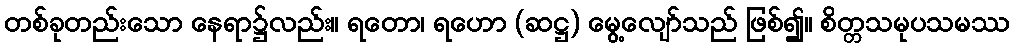
တစ်ခုတည်းသော နေရာ၌လည်း။ ရတော၊ ရဟော (ဆဋ္ဌ) မွေ့လျော်သည် ဖြစ်၍။ စိတ္တသမုပသမဿ